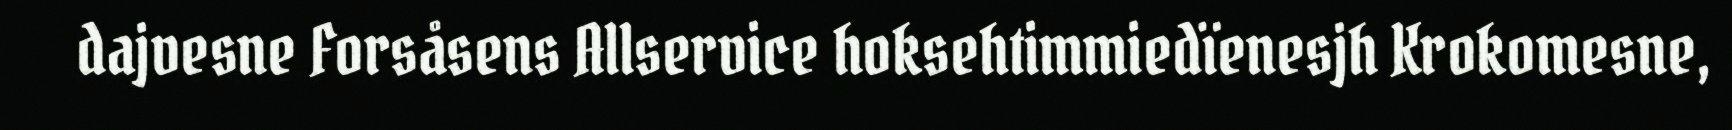
dajvesne Forsåsens Allservice hoksehtimmiedïenesjh Krokomesne,